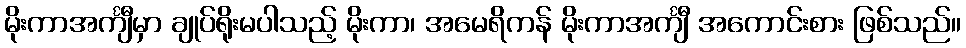
မိုးကာအင်္ကျီမှာ ချုပ်ရိုးမပါသည့် မိုးကာ၊ အမေရိကန် မိုးကာအင်္ကျီ အကောင်းစား ဖြစ်သည်။